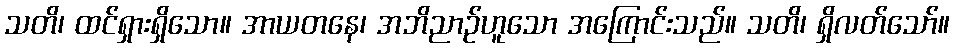
သတိ၊ ထင်ရှားရှိသော။ အာယတနေ၊ အဘိညာဉ်ဟူသော အကြောင်းသည်။ သတိ၊ ရှိလတ်သော်။